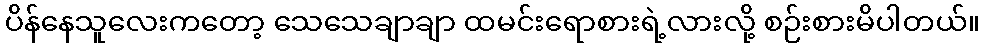
ပိန်နေသူလေးကတော့ သေသေချာချာ ထမင်းရောစားရဲ့လားလို့ စဉ်းစားမိပါတယ်။